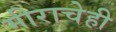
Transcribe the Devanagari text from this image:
मीराचेही